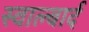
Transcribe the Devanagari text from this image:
स्वाल्बार्द